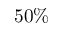
5 0 \%